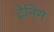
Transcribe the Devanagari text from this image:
ट्रेनिग